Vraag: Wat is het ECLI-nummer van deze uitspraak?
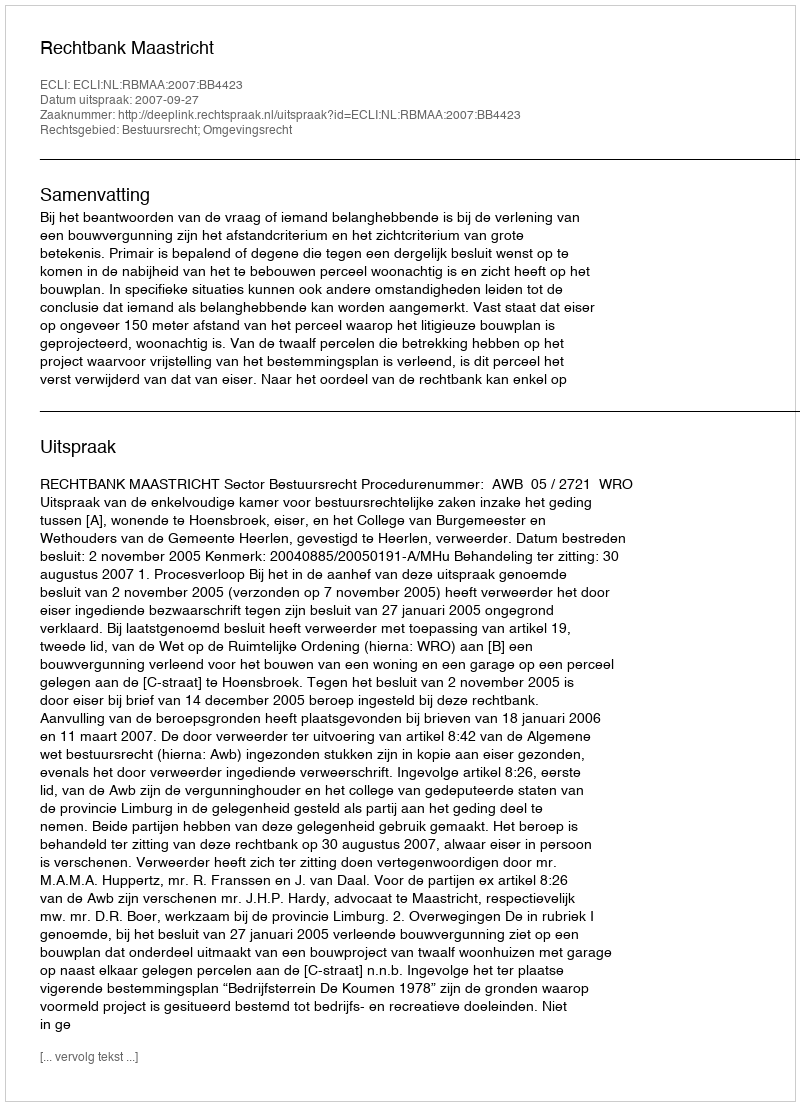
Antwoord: ECLI:NL:RBMAA:2007:BB4423